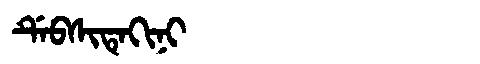
Manchu: ᡩᡝᠪᠰᡳᡨᡝᡴᡳᠨᡳ
Romanization: DEBSITEKINI